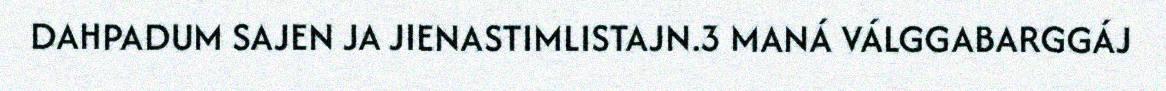
DAHPADUM SAJEN JA JIENASTIMLISTAJN.3 MANÁ VÁLGGABARGGÁJ